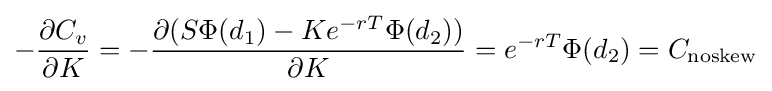
-{\frac {\partial C_{v}}{\partial K}}=-{\frac {\partial (S\Phi (d_{1})-Ke^{-rT}\Phi (d_{2}))}{\partial K}}=e^{-rT}\Phi (d_{2})=C_{\mathrm {noskew} }